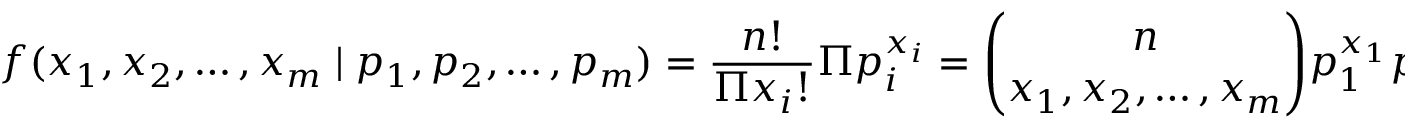
f ( x _ { 1 } , x _ { 2 } , \ldots , x _ { m } \mid p _ { 1 } , p _ { 2 } , \ldots , p _ { m } ) = { \frac { n ! } { \Pi x _ { i } ! } } \Pi p _ { i } ^ { x _ { i } } = { \binom { n } { x _ { 1 } , x _ { 2 } , \ldots , x _ { m } } } p _ { 1 } ^ { x _ { 1 } } p _ { 2 } ^ { x _ { 2 } } \cdots p _ { m } ^ { x _ { m } }